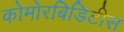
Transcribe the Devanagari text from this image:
कोमोरबिडिटीस